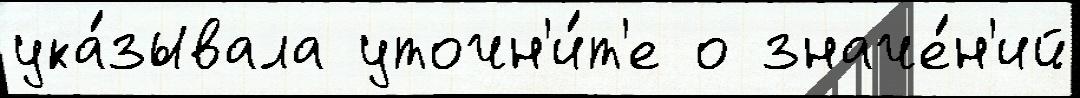
ука́зывала уточн'и́т'е о значе́н'ий